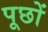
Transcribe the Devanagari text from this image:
पूछों